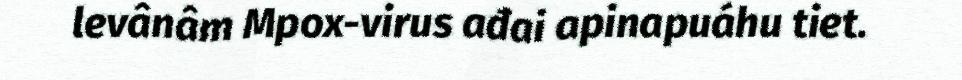
levânâm Mpox-virus ađai apinapuáhu tiet.